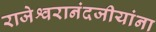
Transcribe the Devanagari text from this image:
राजेश्वरानंदजीयांना